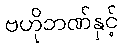
ဗဟိုဘဏ်နှင့်